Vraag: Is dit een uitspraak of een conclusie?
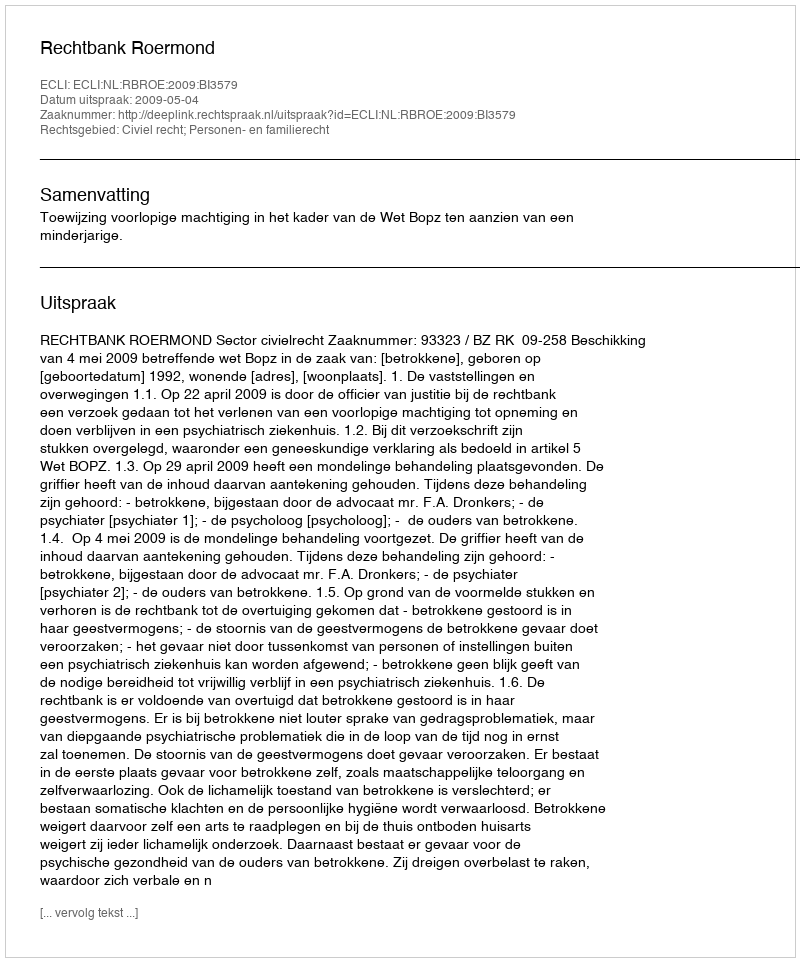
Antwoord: Uitspraak